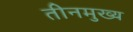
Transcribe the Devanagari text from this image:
तीनमुख्य